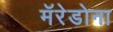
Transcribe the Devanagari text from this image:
मॅरेडोना